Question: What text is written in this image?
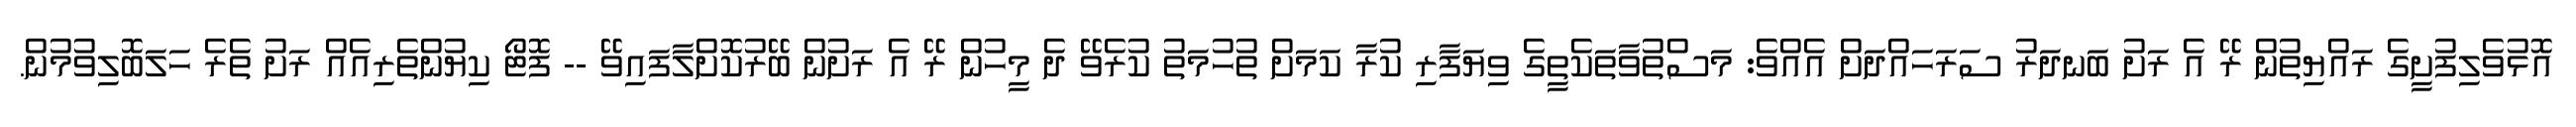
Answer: އޮޅުވެލިފުށީގެ ރައްޔިތުން ރޭ އެ ރަށު ބަނދަރު ސަރަހައްދަށް އެއްވެ: މަސްތުވާތަކެތީގެ ވިޔަފާރި ކުރާ ކަމަށް ތުހުމަތު ކުރެވޭ ދެ މީހުން ރޭ އެ ރަށުން ބޭރުކޮށްލާފައިވޭ -- ފޮޓޯ ކިޔުންތެރިއެއް ރަށު ތެރެ ހަލަބޮލިވުމުން.